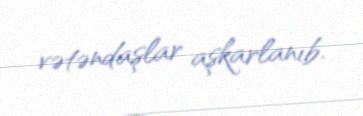
vətəndaşlar aşkarlanıb.